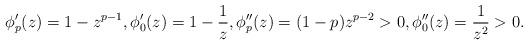
LaTeX: \begin{align*}\phi_p'(z)=1- z^{p-1},\phi_0'(z)=1-\frac{1}{z}, \phi_p''(z)=(1-p) z^{p-2}> 0, \phi_0''(z)=\frac{1}{z^2}> 0.\end{align*}